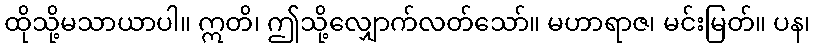
ထိုသို့မသာယာပါ။ ဣတိ၊ ဤသို့လျှောက်လတ်သော်။ မဟာရာဇ၊ မင်းမြတ်။ ပန၊